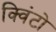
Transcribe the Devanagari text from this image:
क्विंटो